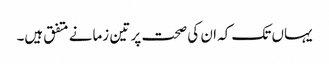
یہاں تک کہ ان کی صحت پر تین زمانے متفق ہیں۔